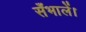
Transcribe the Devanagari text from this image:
सँभालें।